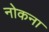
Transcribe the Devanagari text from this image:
नोकना